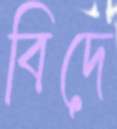
বিদে